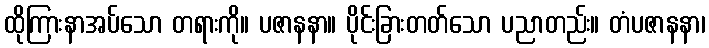
ထိုကြားနာအပ်သော တရားကို။ ပဇာနနာ။ ပိုင်းခြားတတ်သော ပညာတည်း။ တံပဇာနနာ၊